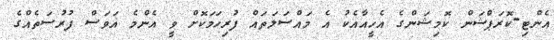
އެންޓި-ކޮރަޕްޝަން ކޮމިޝަންގެ އެހީއާއެކު އެ މައްސަލަތައް ފުރިހަމަކޮށް ވީ އެންމެ އަވަސް ފުރުސަތެއްގެ